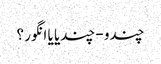
چندو - چندیا یا انگور ؟